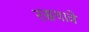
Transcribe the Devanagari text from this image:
रसयात्रे